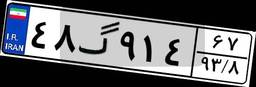
۴۸گ۹۱۴۶۷